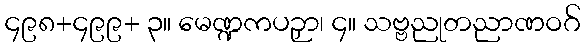
၄၉၈+၄၉၉+ ၃။ မေဏ္ဍကပဉှာ၊ ၄။ သဗ္ဗညုတညာဏဝဂ်